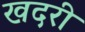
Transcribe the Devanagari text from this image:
खदरी